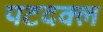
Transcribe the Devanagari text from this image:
पटदक्ल